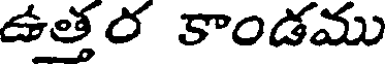
ఉత్తర కాండము